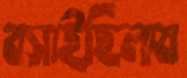
বসাইছিলাম